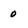
Character: 0